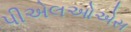
પીએલઓએસ